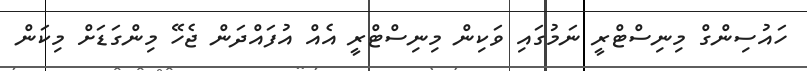
ހައުސިންގް މިނިސްޓްރީ ނަމުގައި ވަކިން މިނިސްޓްރީ އެއް އުފައްދަން ޖެހޭ މިންގަޑަށް މިކަން